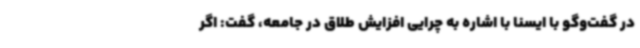
در گفت‌وگو با ایسنا با اشاره به چرایی افزایش طلاق در جامعه، گفت: اگر